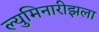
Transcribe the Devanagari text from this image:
ल्युमिनारीझला